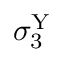
\sigma _ { 3 } ^ { \mathrm { Y } }